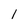
Character: l